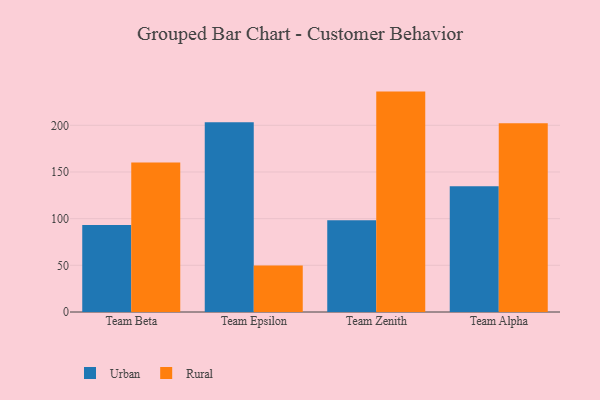
{"axis": {"x": "Team", "y": "Headcount"}, "legend": ["Rural", "Urban"], "data": [{"x": "Team Beta", "y": 93.1, "type": "Urban"}, {"x": "Team Beta", "y": 160.2, "type": "Rural"}, {"x": "Team Epsilon", "y": 203.2, "type": "Urban"}, {"x": "Team Epsilon", "y": 49.8, "type": "Rural"}, {"x": "Team Zenith", "y": 98.3, "type": "Urban"}, {"x": "Team Zenith", "y": 236.1, "type": "Rural"}, {"x": "Team Alpha", "y": 134.8, "type": "Urban"}, {"x": "Team Alpha", "y": 202.1, "type": "Rural"}]}